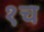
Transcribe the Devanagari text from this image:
१च